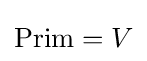
{\text{Prim}}=V\,\!